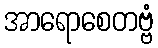
အာရောစေတဗ္ဗံ